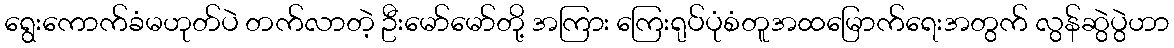
ရွေးကောက်ခံမဟုတ်ပဲ တက်လာတဲ့ ဦးမော်မော်တို့ အကြား ကြေးရုပ်ပုံစံတူအထမြောက်ရေးအတွက် လွန်ဆွဲပွဲဟာ